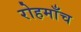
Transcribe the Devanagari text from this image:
रोहमाँच